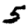
Digit: 5